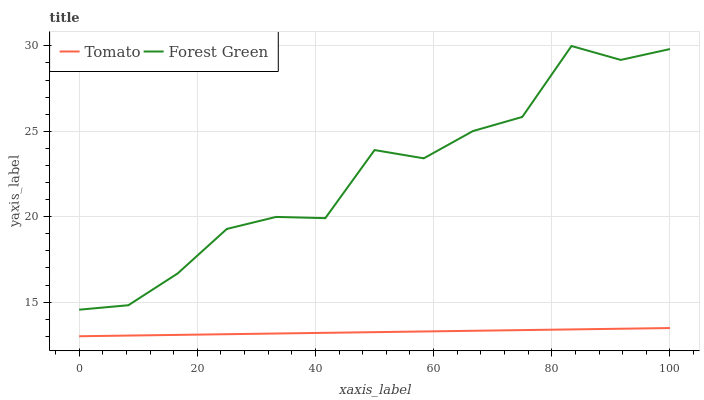
| xaxis_label | Tomato | Forest Green |
 | --- | --- | --- |
 | 0 | 13 | 14.6 |
 | 8.33 | 13 | 14.8 |
 | 16.7 | 13.1 | 16.7 |
 | 25 | 13.1 | 19.3 |
 | 33.3 | 13.2 | 20 |
 | 41.7 | 13.2 | 19.9 |
 | 50 | 13.2 | 23.9 |
 | 58.3 | 13.3 | 23.4 |
 | 66.7 | 13.3 | 25 |
 | 75 | 13.4 | 25.8 |
 | 83.3 | 13.4 | 30 |
 | 91.7 | 13.4 | 29.2 |
 | 100 | 13.5 | 29.8 |